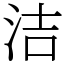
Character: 洁